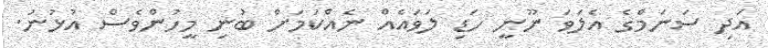
އަދި ސަނަމްގެ އެލަަވަ ނޫނީ ހަޑި ލަވައެއް ނެއްކަމަށް ބުނި މީހުންވެސް އުޅުނު.